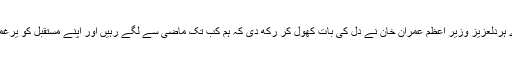
اور ایسا اب کیوں نہ ہو جیسا کہ ہمارے ہردلعزیز وزیر اعظم عمران خان نے دل کی بات کھول کر رکھ دی کہ ہم کب تک ماضی سے لگے رہیں اور اپنے مستقبل کو یرغمال بنائے رکھیں اس سے کیا ملے گا ؟